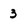
Character: 3